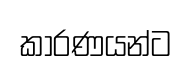
කාරණයන්ට